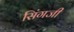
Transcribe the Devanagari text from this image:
सिंगजी